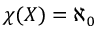
\chi ( X ) = \aleph _ { 0 }